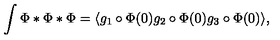
\int \Phi * \Phi * \Phi = \langle g _ { 1 } \circ \Phi ( 0 ) g _ { 2 } \circ \Phi ( 0 ) g _ { 3 } \circ \Phi ( 0 ) \rangle ,